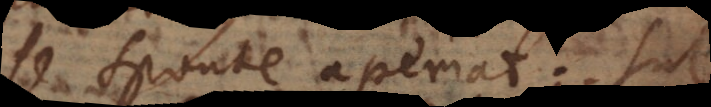
se sponte aperiat. Sub